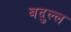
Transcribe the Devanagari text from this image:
बदुल्ल